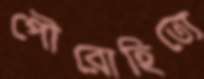
পৌরোহিত্যে